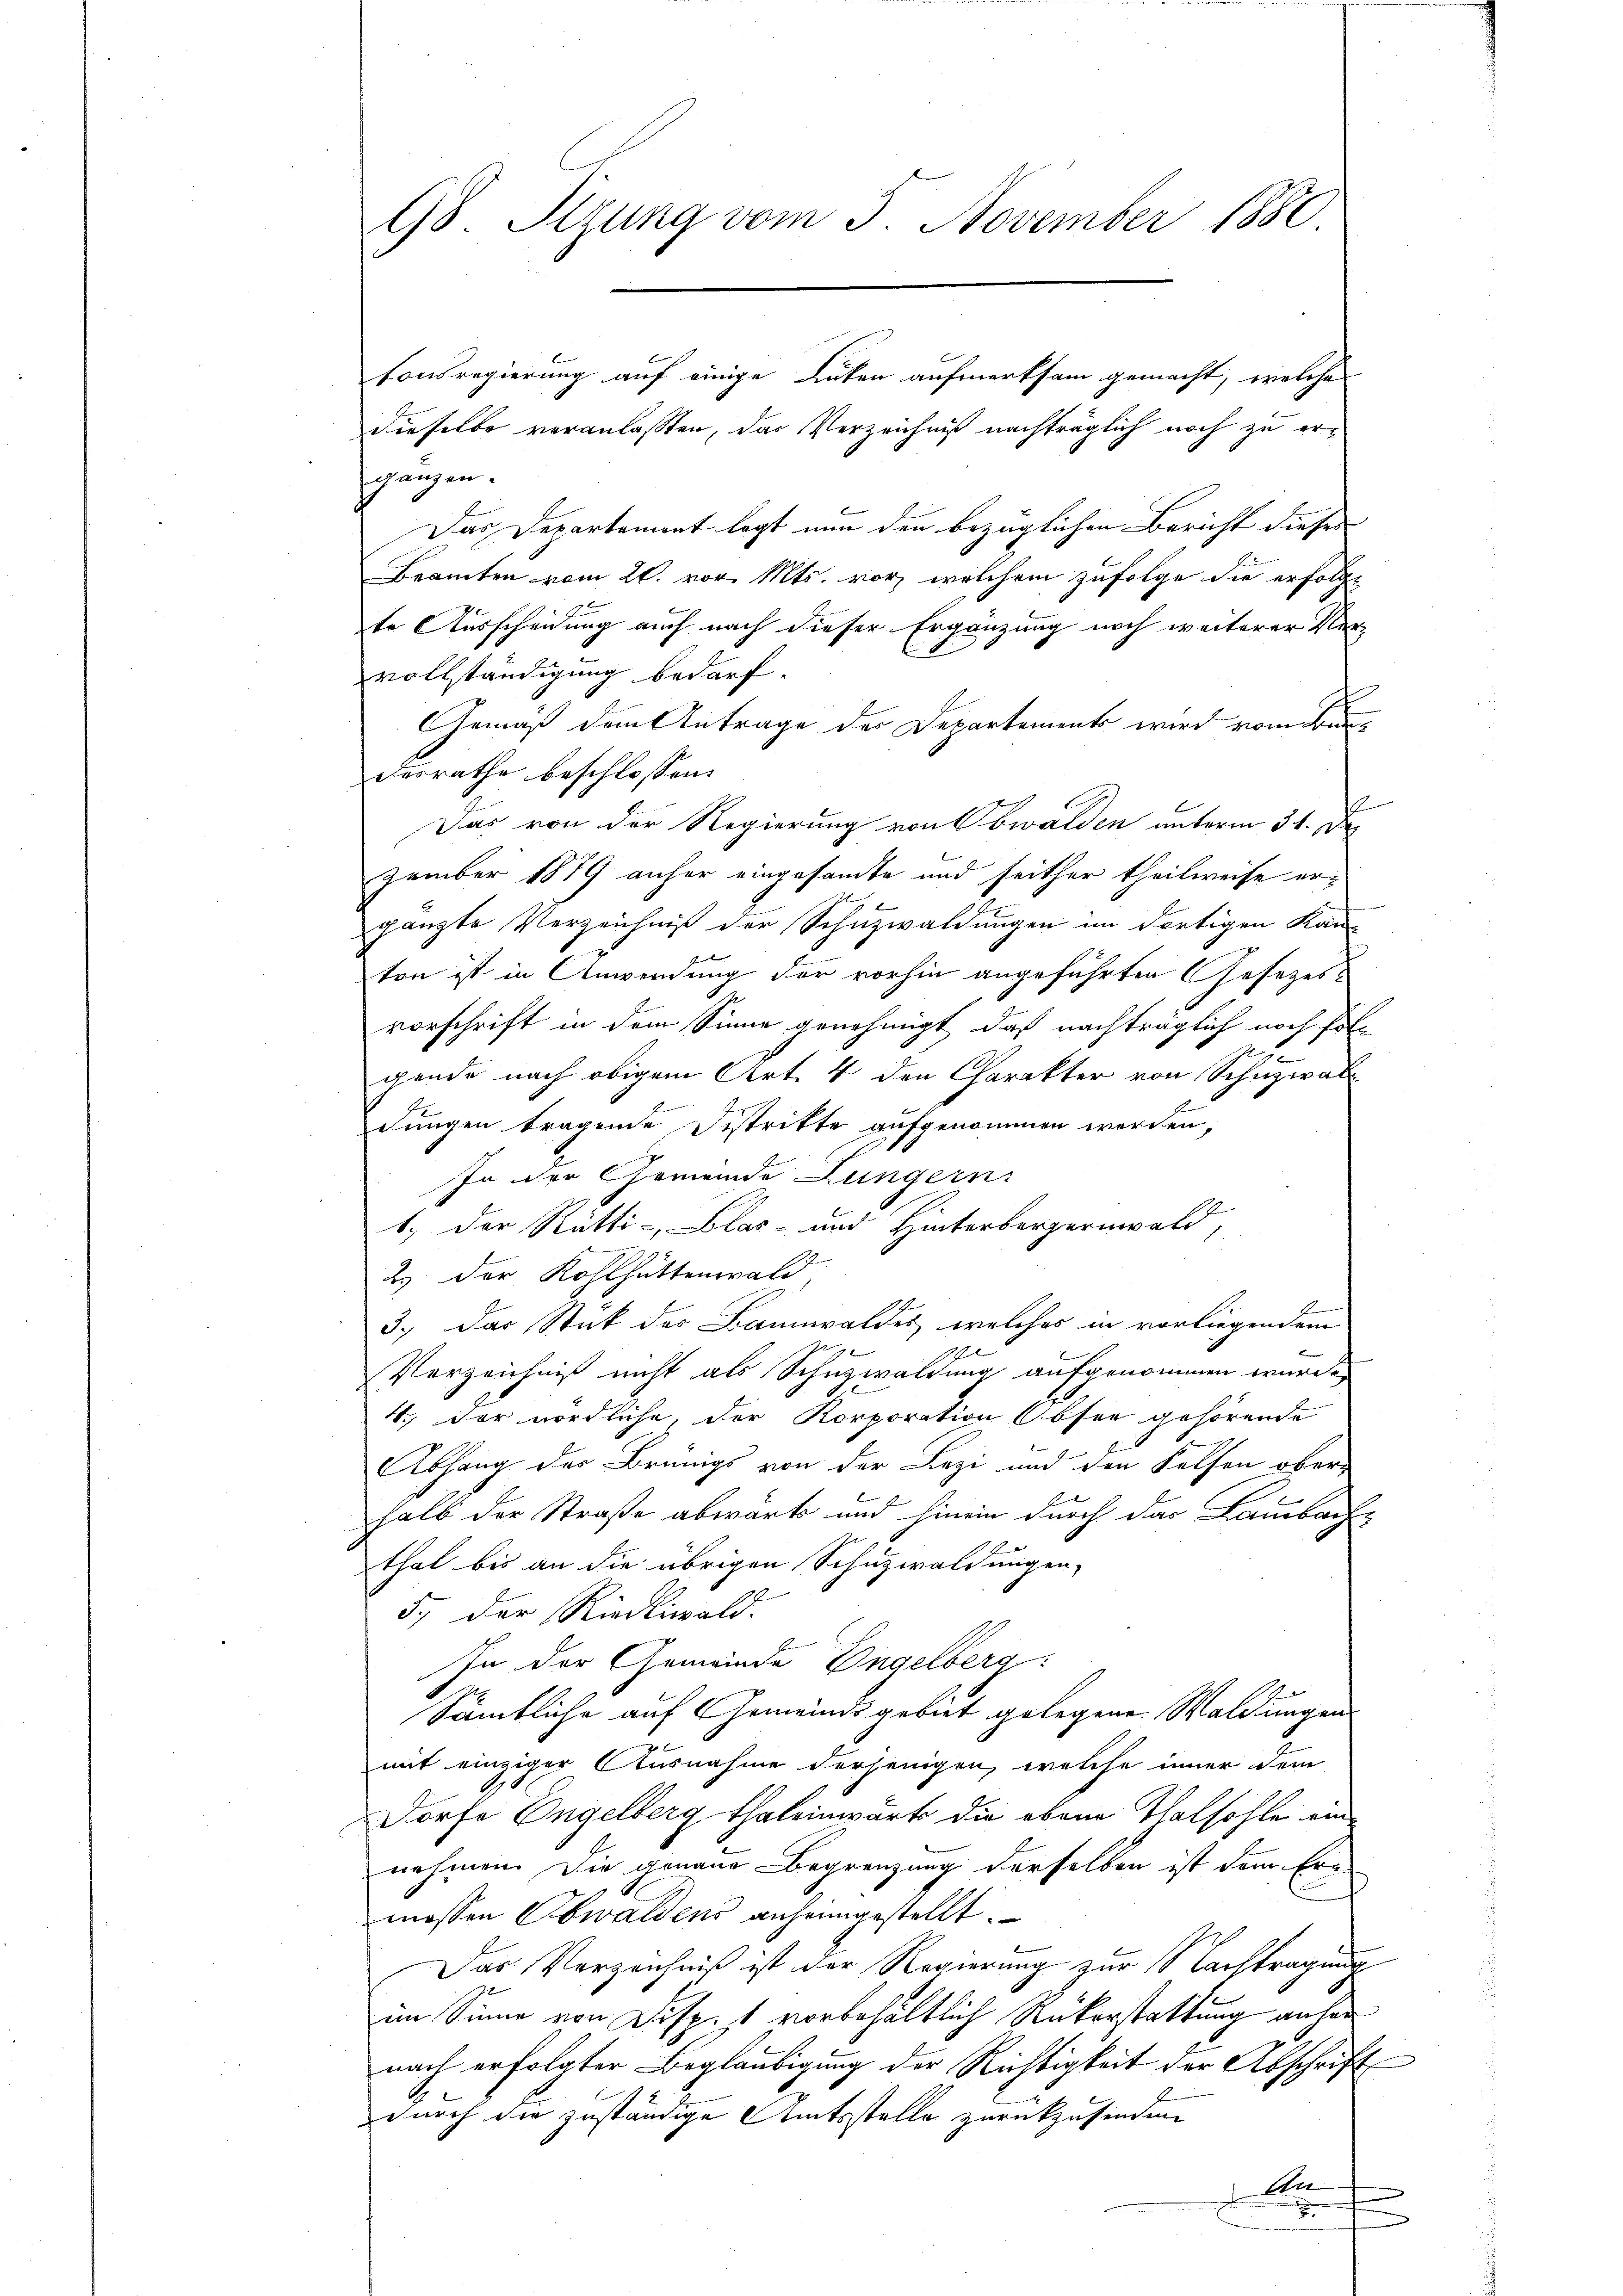
dieselbe veranlaßten, das Verzeichnis nachträglich noch zu erganzen.
Das Departement legt nun den bezüglichen Bericht dieses
Beamten vom 26. vor. Mts. vor, welchem zufolge die erfolgte Ausscheidung auch nach dieser Ergänzung noch weiterer Vervollständigung bedarf.
Gemäß dem Antrage der Departements wird vom Be
desrathe beschlossen:
S
Das von der Regierung von Obwalden unterm 31. De
zember 1879 anher eingesamte und seither theilweise ergänzte Verzeichniß der Schuzwaldungen im dortigen Kam
ton ist in Anwendung der vorhin angeführten Gesezesvorschrift in dem Sinne genehmigt, daß nachträglich noch fol
ges
gende nach obigem Art. 4 den Charakter von Schuzwal¬
2
dungen tragende Distritte aufgenommen werden,
In der Gemeinde Lungern.
1.) Der Rütti-, Glas- und Hinterbergernwald,
2) der Kohlhüttenwald,
3.) Das Stick des Bannwaldes, welches in vorliegendem
Verzeichniß nicht als Schuzwaldung aufgenommen wurde,
4.) Der nördliche, der Korporation Obser gehörende
Abhang des Brünigs von der Lezi und den Felfen ober-
halb der Straße abwart und hinein durch das Lambach-
that bis an die übrigen Schuzwaldungen,
5., der Riedliwald.
In der Gemeinde Engelberg.
Sämtliche auf Gemeindsgebiet gelegene Waldungen
mit einziger Ausnahme derjenigen, welche inner dem
Dorfe Engelberg thateinwärts die obene Thalhohle ein
nehmen. Die genaue Begrenzung derselben ist dem Ern
mossen Obwaldens anheimgestellt.
Das Verzeichniß ist der Regierung zur Nachtragung
im Sinne von Disp. 1 vorbehältlich Rükerstattung anher
nach erfolgter Beglaubigung der Richtigkeit der Abschrift
durch die zuständige Amtsstelle zurückzusenden
An
2

98. Stzung vom 5. November 1880

tonsregierung auf einige Luten aufmerksam gemacht, welche